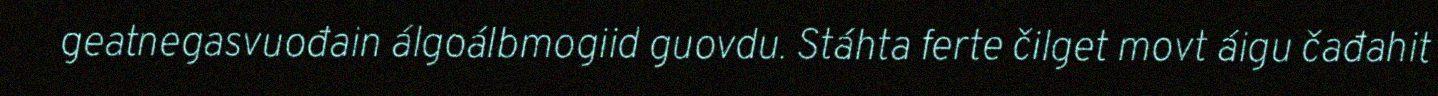
geatnegasvuođain álgoálbmogiid guovdu. Stáhta ferte čilget movt áigu čađahit